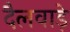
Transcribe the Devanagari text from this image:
दैलवाड़े